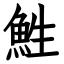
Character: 鮏